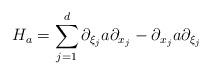
LaTeX: \begin{align*}H_a = \sum_{j=1}^d \partial_{\xi_j} a \partial_{x_j} - \partial_{x_j} a \partial_{\xi_j}\end{align*}